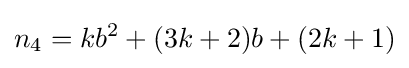
n_{4}=kb^{2}+(3k+2)b+(2k+1)